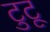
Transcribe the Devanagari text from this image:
टुटू